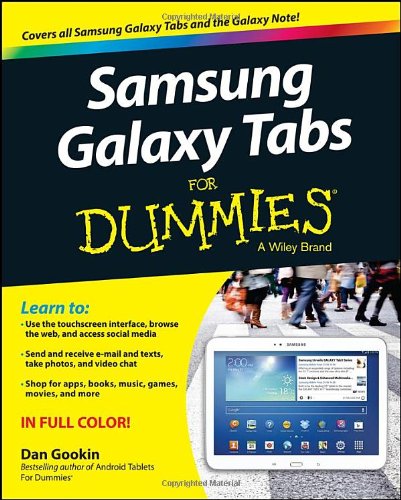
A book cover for Samsung Galaxy Tabs For Dummies; Dan Gookin; Computers & Technology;